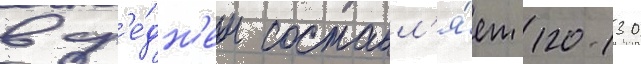
в ср'е́дн'ем составл'я́ет 120-130